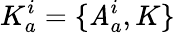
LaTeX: K_{a}^{i}=\{ \mathit{A}_{a}^{i},K\}